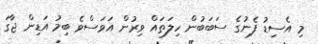
މި އެސިޑު ފެނުގެ ސަބަބުން ހިލަތައް ވިރުން އަވަސްވެ ބިމު އަޑިން ޖާގަ